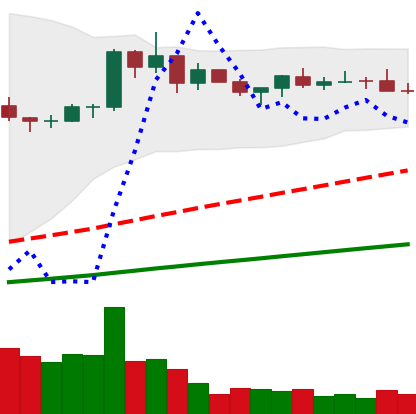
Ticker: BNB-USD
Chart end date: 2021-03-23
Forward return: 5.28%
Label: up_5_7